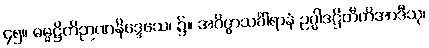
၄၅။ ဓမ္မဋ္ဌိတိဉာဏနိဒ္ဒေသေ၊ ၌။ အဝိဇ္ဇာသင်္ခါရာနံ ဥပ္ပါဒဋ္ဌိတီတိအာဒီသု၊